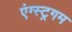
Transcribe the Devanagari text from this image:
एंग्स्ट्रगम